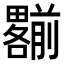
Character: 𠠩